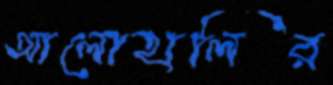
আলোহালির